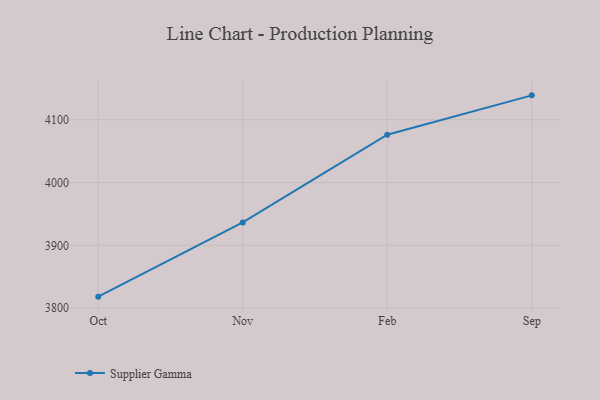
{"axis": {"x": "Month", "y": "Revenue (USD Million)"}, "legend": ["Supplier Gamma"], "data": [{"x": "Oct", "y": 3818.4, "type": "Supplier Gamma"}, {"x": "Nov", "y": 3936.5, "type": "Supplier Gamma"}, {"x": "Feb", "y": 4076.0, "type": "Supplier Gamma"}, {"x": "Sep", "y": 4138.7, "type": "Supplier Gamma"}]}